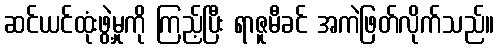
ဆင်ယင်ထုံးဖွဲ့မှုကို ကြည့်ပြီး ရာဇူမီခင် အကဲဖြတ်လိုက်သည်။